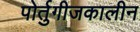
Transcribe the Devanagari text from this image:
पोर्तुगीजकालीन